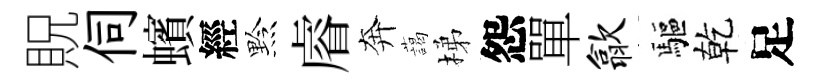
貺伺蠙經黔𥈠奔藹梯怨單歙驅乾足